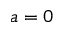
a = 0